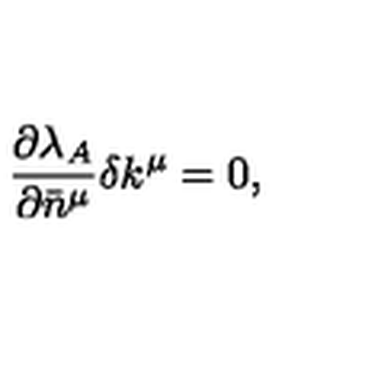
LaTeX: { } \frac { \partial \lambda _ { A } } { \partial \bar { n } ^ { \mu } } \delta k ^ { \mu } = 0 ,